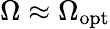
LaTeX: \Omega\approx\Omega_{\mathrm{opt}}